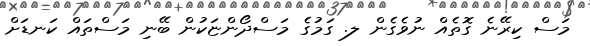
މަސް ކިރޭނެ ގޮތެއް ނުވެގެން ލ. ގަމުގެ މަސްދޯންޏަކުން ބޭނި މަސްތައް ކަނޑަށް